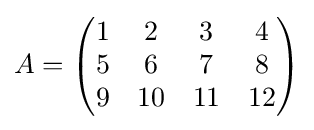
A={\begin{pmatrix}1&2&3&4\\5&6&7&8\\9&10&11&12\end{pmatrix}}